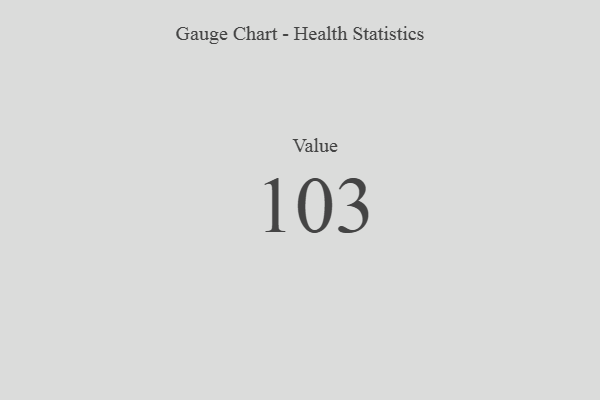
{"axis": {"x": "Metric", "y": "Value"}, "legend": [""], "data": [{"x": "Value", "y": 103, "type": ""}]}